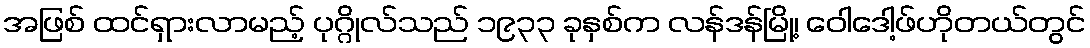
အဖြစ် ထင်ရှားလာမည့် ပုဂ္ဂိုလ်သည် ၁၉၃၃ ခုနှစ်က လန်ဒန်မြို့၊ ဝေါဒေါ့ဖ်ဟိုတယ်တွင်